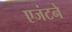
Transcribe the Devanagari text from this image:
एजंटने